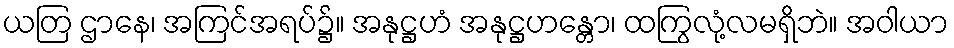
ယတြ ဌာနေ၊ အကြင်အရပ်၌။ အနုဋ္ဌဟံ အနုဋ္ဌဟန္တော၊ ထကြွလုံ့လမရှိဘဲ။ အဝါယာ